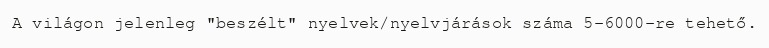
A világon jelenleg "beszélt" nyelvek/nyelvjárások száma 5–6000-re tehető.